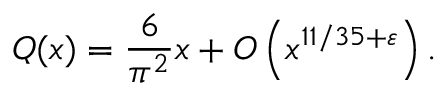
Q ( x ) = { \frac { 6 } { \pi ^ { 2 } } } x + O \left( x ^ { 1 1 / 3 5 + \varepsilon } \right) .